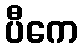
ပီကေ